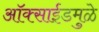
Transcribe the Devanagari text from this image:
ऑक्साईडमुळे